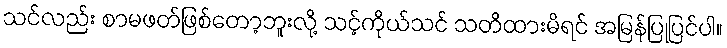
သင်လည်း စာမဖတ်ဖြစ်တော့ဘူးလို့ သင့်ကိုယ်သင် သတိထားမိရင် အမြန်ပြုပြင်ပါ။